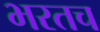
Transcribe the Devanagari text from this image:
भरतच